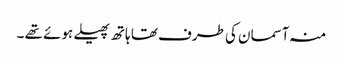
منہ آسمان کی طرف تھا ہاتھ پھیلے ہوئے تھے ۔